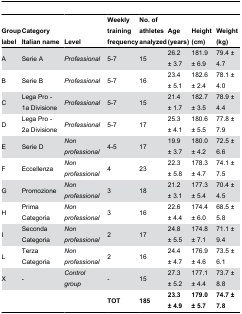
<table><thead><tr><td><b>Group label</b></td><td><b>Category Italian name</b></td><td><b>Level</b></td><td><b>Weekly training frequency</b></td><td><b>No. of athletes analyzed</b></td><td><b>Age (years)</b></td><td><b>Height (cm)</b></td><td><b>Weight (kg)</b></td></tr></thead><tbody><tr><td>A</td><td>Serie A</td><td><i>Professional</i></td><td>5-7</td><td>15</td><td>26.2 ± 3.7</td><td>181.9 ± 6.9</td><td>79.4 ± 4.7</td></tr><tr><td>B</td><td>Serie B</td><td><i>Professional</i></td><td>5-7</td><td>16</td><td>23.4 ± 5.1</td><td>182.6 ± 2.4</td><td>78.1 ± 4.0</td></tr><tr><td>C</td><td>Lega Pro - 1a Divisione</td><td><i>Professional</i></td><td>5-7</td><td>15</td><td>21.4 ± 1.7</td><td>182.7 ± 3.5</td><td>78.9 ± 4.4</td></tr><tr><td>D</td><td>Lega Pro - 2a Divisione</td><td><i>Professional</i></td><td>5-7</td><td>17</td><td>25.3 ± 4.1</td><td>180.6 ± 5.5</td><td>77.8 ± 7.9</td></tr><tr><td>E</td><td>Serie D</td><td><i>Non professional</i></td><td>4-5</td><td>17</td><td>19.9 ± 3.7</td><td>180.0 ± 4.2</td><td>72.5 ± 6.6</td></tr><tr><td>F</td><td>Eccellenza</td><td><i>Non professional</i></td><td>4</td><td>23</td><td>22.3 ± 5.8</td><td>178.3 ± 4.7</td><td>74.1 ± 7.5</td></tr><tr><td>G</td><td>Promozione</td><td><i>Non professional</i></td><td>3</td><td>18</td><td>21.2 ± 3.1</td><td>177.3 ± 5.4</td><td>70.4 ± 4.5</td></tr><tr><td>H</td><td>Prima Categoria</td><td><i>Non professional</i></td><td>3</td><td>16</td><td>22.6 ± 4.4</td><td>174.4 ± 6.0</td><td>68.5 ± 5.8</td></tr><tr><td>I</td><td>Seconda Categoria</td><td><i>Non professional</i></td><td>2</td><td>17</td><td>24.8 ± 5.5</td><td>174.8 ± 7.1</td><td>71.1 ± 9.4</td></tr><tr><td>L</td><td>Terza Categoria</td><td><i>Non professional</i></td><td>2</td><td>16</td><td>24.4 ± 4.7</td><td>176.9 ± 4.6</td><td>73.5 ± 6.1</td></tr><tr><td>X</td><td>-</td><td><i>Control group</i></td><td>-</td><td>15</td><td>27.3 ± 5.2</td><td>177.1 ± 4.4</td><td>73.7 ± 8.8</td></tr><tr><td></td><td></td><td></td><td><b>TOT</b></td><td><b>185</b></td><td><b>23.3 ± 4.9</b></td><td><b>179.0 ± 5.7</b></td><td><b>74.7 ± 7.8</b></td></tr></tbody></table>